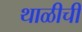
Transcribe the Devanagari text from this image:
थाळीची